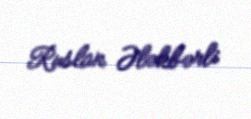
Ruslan Ələkbərli